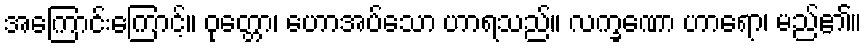
အကြောင်းကြောင့်။ ဝုတ္တော၊ ဟောအပ်သော ဟာရသည်။ လက္ခဏော ဟာရော၊ မည်၏။